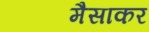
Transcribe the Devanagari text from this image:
मैसाकर